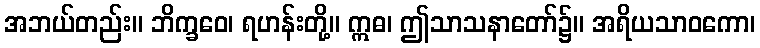
အဘယ်တည်း။ ဘိက္ခဝေ၊ ရဟန်းတို့။ ဣဓ၊ ဤသာသနာတော်၌။ အရိယသာဝကော၊